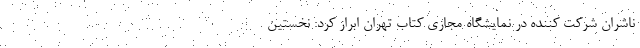
ناشران شرکت کننده در نمایشگاه مجازی کتاب تهران ابراز کرد: نخستین